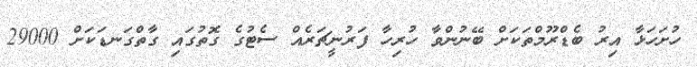
ހުށަހަޅާ އިރު ބެޑްރޫމްތަކަށް ބޭނުންވާ ހުރިހާ ފަރުނީޗަރެއް ސެޓުގެ ގޮތުގައި ގާތްގަނޑަކަށް 29000